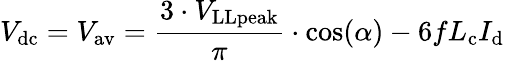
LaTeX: {V_{\mathrm{dc}}=V_{\mathrm{av}}={\frac{3\cdot V_{\mathrm{LLpeak}}}{\pi}}\cdot\cos(\alpha)}-{6fL_{\mathrm{c}}I_{\mathrm{d}}}